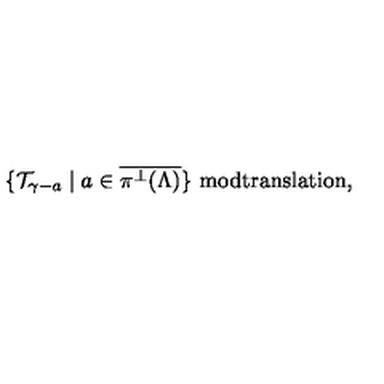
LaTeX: \{ { \cal T } _ { \gamma - a } \mid a \in \overline { { \pi ^ { \perp } ( \Lambda ) } } \} \mathrm { \ m o d t r a n s l a t i o n } ,